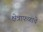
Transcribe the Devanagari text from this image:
क्षेत्राफळाचे